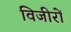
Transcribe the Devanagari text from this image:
विजीरों